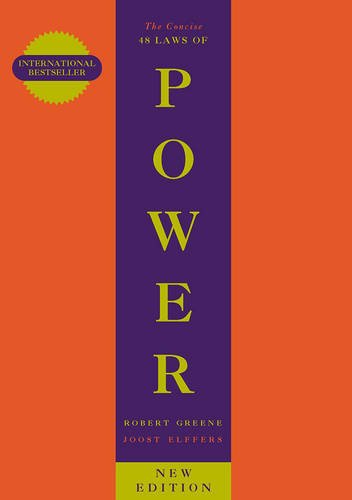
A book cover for Concise 48 Laws of Power; Robert Greene; Politics & Social Sciences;